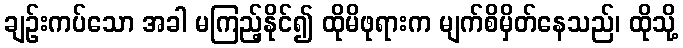
ချဉ်းကပ်သော အခါ မကြည့်နိုင်၍ ထိုမိဖုရားက မျက်စိမှိတ်နေသည်၊ ထိုသို့